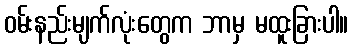
ဝမ်းနည်းမျက်လုံးတွေက ဘာမှ မထူးခြားပါ။